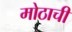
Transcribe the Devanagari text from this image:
मोठाची